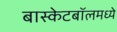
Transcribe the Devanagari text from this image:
बास्केटबॉलमध्ये